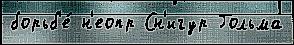
борьб'е́ н'еопр Сн'игур Гольма